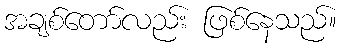
အချစ်တော်လည်း ဖြစ်နေသည်။